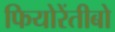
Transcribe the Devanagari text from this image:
फियोरेंतीबो